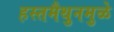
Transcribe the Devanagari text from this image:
हस्तमैथुनमुळे